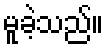
မူခဲ့သည်။